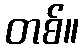
တစ်။